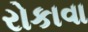
રોકાવા